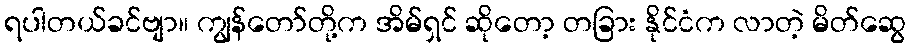
ရပါတယ်ခင်ဗျာ။ ကျွန်တော်တို့က အိမ်ရှင် ဆိုတော့ တခြား နိုင်ငံက လာတဲ့ မိတ်ဆွေ